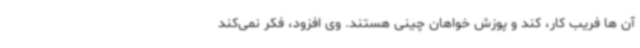
آن ها فریب کار، کند و پوزش خواهان چینی هستند. وی افزود، فکر نمی‌کند